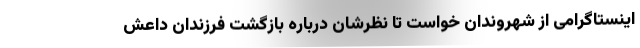
اینستاگرامی از شهروندان خواست تا نظرشان درباره بازگشت فرزندان داعش